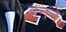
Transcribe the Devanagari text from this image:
बननें